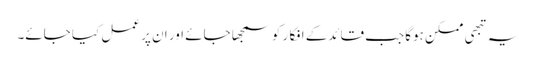
یہ تبھی ممکن ہوگا جب قائدکے افکا ر کو سمجھا جائے اور ان پر عمل کیا جائے۔